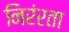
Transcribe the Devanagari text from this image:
निरंरता